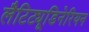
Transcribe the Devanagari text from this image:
लैटिट्यूडिनेरियन